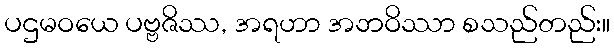
ပဌမဝယေ ပဗ္ဗဇိဿ, အရဟာ အဘဝိဿာ စသည်တည်း။